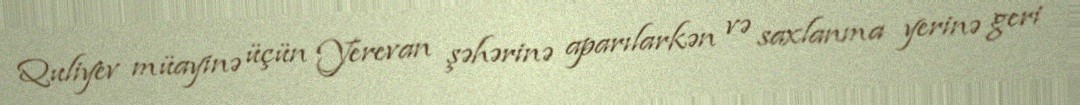
Quliyev müayinə üçün Yerevan şəhərinə aparılarkən və saxlanma yerinə geri